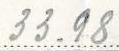
33.98